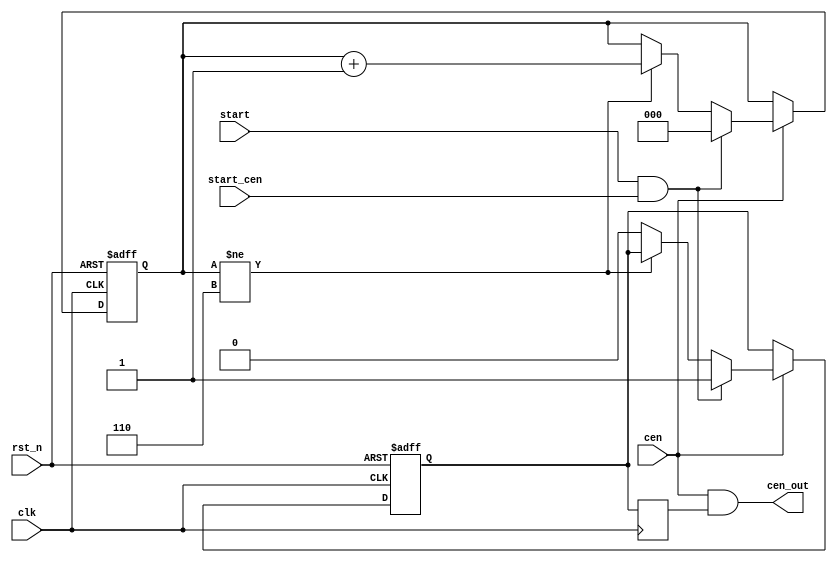
module jt10_cen_burst #(parameter cntmax=3'd6, cntw=3)(
    input           rst_n,
    input           clk,
    input           cen,      // 8MHz cen
    input           start,
    input           start_cen,
    output          cen_out
);

reg [cntw-1:0] cnt;
reg last_start;
reg pass;

always @(posedge clk or negedge rst_n)
    if( !rst_n ) begin
        cnt  <= {cntw{1'b1}};
        pass <= 1'b0;
    end else if(cen) begin
        last_start <= start;
        if( start && start_cen ) begin
            cnt  <= 'd0;
            pass <= 1'b1;
        end else begin
            if(cnt != cntmax ) cnt <= cnt+1;
            else pass <= 1'b0;
        end
    end

reg pass_negedge;
assign cen_out = cen & pass_negedge;

always @(negedge clk) begin
    pass_negedge <= pass;
end

endmodule